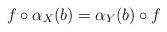
LaTeX: \begin{align*}f\circ \alpha_X(b) = \alpha_Y(b)\circ f\end{align*}